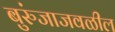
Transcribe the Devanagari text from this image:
बुरुंजाजवळील